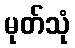
မုတ်သုံ